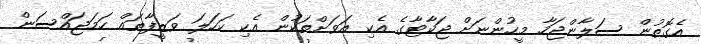
އެގޮތުން ސަލާންޖަހާ މީހުންނަށް ޖަކާޓާގެ އެކި އަވަށްތަކުން އެކި ކަހަލަ ވަޒީފާތައް ހަމަޖައްސަން